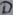
Text: D